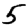
Digit: 5